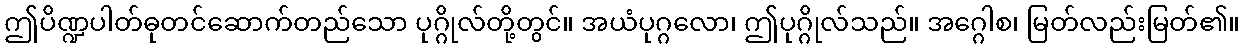
ဤပိဏ္ဍပါတ်ဓုတင်ဆောက်တည်သော ပုဂ္ဂိုလ်တို့တွင်။ အယံပုဂ္ဂလော၊ ဤပုဂ္ဂိုလ်သည်။ အဂ္ဂေါစ၊ မြတ်လည်းမြတ်၏။